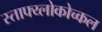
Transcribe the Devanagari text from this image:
स्ताफ्य्लोकोच्कल